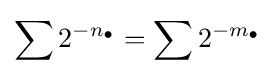
\sum 2^{-n_{\bullet }}=\sum 2^{-m_{\bullet }}